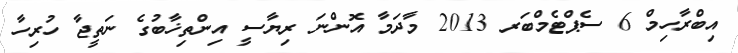
އިބްރާހިމް 6 ސެޕްޓެމްބަރ 2013 މާދަމާ އޮންނަ ރިޔާސީ އިންތިޚާބުގެ ނަތީޖާ ހުރިހާ